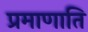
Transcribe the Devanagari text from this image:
प्रमाणाति